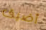
أضيق